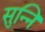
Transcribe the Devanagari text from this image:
सुन्नि